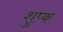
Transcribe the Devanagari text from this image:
शुप्क